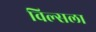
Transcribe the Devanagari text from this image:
विल्सला